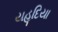
યહૂદિયા